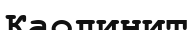
Каолинит